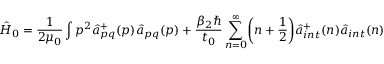
\hat { H } _ { 0 } = \frac { 1 } { 2 \mu _ { 0 } } \int \boldsymbol { p } ^ { 2 } { \hat { a } } _ { p q } ^ { + } ( \boldsymbol { p } ) { \hat { a } } _ { p q } ( \boldsymbol { p } ) + \frac { \beta _ { 2 } \hbar } { t _ { 0 } } \sum _ { n = 0 } ^ { \infty } \biggl ( n + \frac { 1 } { 2 } \biggr ) { \hat { a } } _ { i n t } ^ { + } ( n ) { \hat { a } } _ { i n t } ( n ) \,